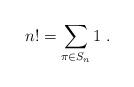
LaTeX: \begin{align*}n! = \sum_{\pi \in S_n} 1 \; .\end{align*}